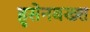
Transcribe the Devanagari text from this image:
हुसेनबख्श